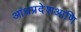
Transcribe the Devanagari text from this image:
आंध्रप्रदेशआणि